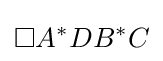
\square A^{*}DB^{*}C